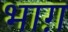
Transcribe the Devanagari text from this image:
भाग़